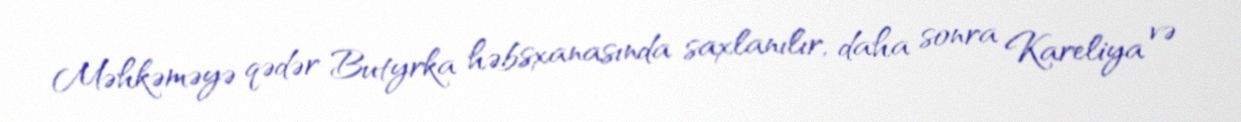
Məhkəməyə qədər Butyrka həbsxanasında saxlanılır, daha sonra Kareliya və